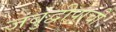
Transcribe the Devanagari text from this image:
जंबुद्वीपाची